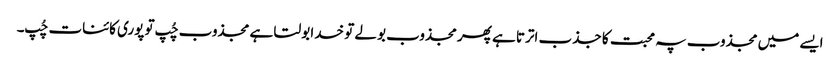
ایسے میں مجذوب پہ محبت کا جذب اترتا ہے پھر مجذوب بولے تو خدا بولتا ہے مجذوب چُپ تو پوری کائنات چُپ۔